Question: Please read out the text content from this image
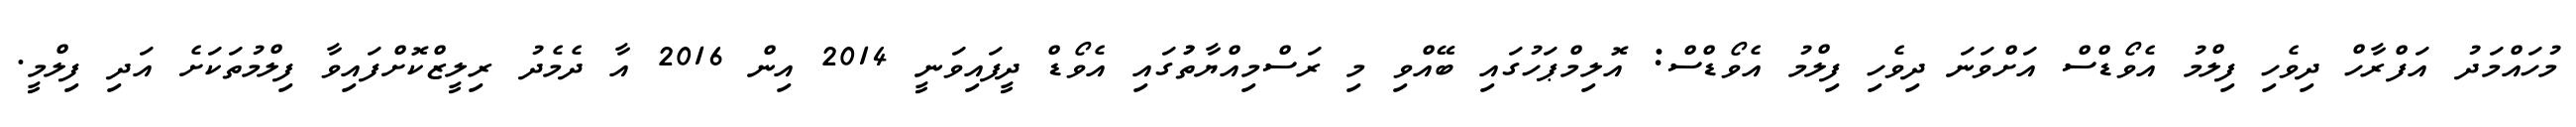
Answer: މުހައްމަދު އަފްރާހް ދިވެހި ފިލްމު އެވޯޑްސް އަށްވަނަ ދިވެހި ފިލްމު އެވޯޑްސް: އޮލިމްޕަހުގައި ބޭއްވި މި ރަސްމިއްޔާތުުގައި އެވޯޑް ދީފައިވަނީ 2014 އިން 2016 އާ ދެމެދު ރިލީޒްކޮށްފައިވާ ފިލްމުތަކަށެ އަދި ފިލްމީ.